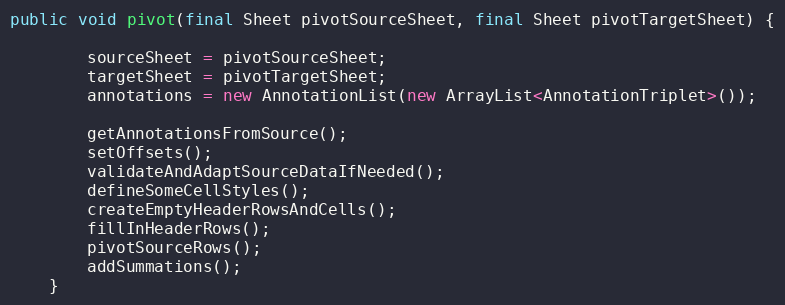
Language: Java
public void pivot(final Sheet pivotSourceSheet, final Sheet pivotTargetSheet) {

        sourceSheet = pivotSourceSheet;
        targetSheet = pivotTargetSheet;
        annotations = new AnnotationList(new ArrayList<AnnotationTriplet>());

        getAnnotationsFromSource();
        setOffsets();
        validateAndAdaptSourceDataIfNeeded();
        defineSomeCellStyles();
        createEmptyHeaderRowsAndCells();
        fillInHeaderRows();
        pivotSourceRows();
        addSummations();
    }